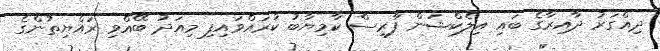
ދިއްގަރު ދާއިރާގެ ބައި އިލެކްޝަން ފާރިސް ކާމިޔާބު ކުރައްވައިފި މިއަދު ބޭއްވި ރައްޔިތުންގެ